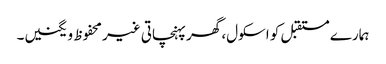
ہمارے مستقبل کو اسکول، گھر پہنچاتی غیر محفوظ ویگنیں۔